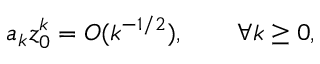
a _ { k } z _ { 0 } ^ { k } = O ( k ^ { - 1 / 2 } ) , \qquad \forall k \geq 0 ,